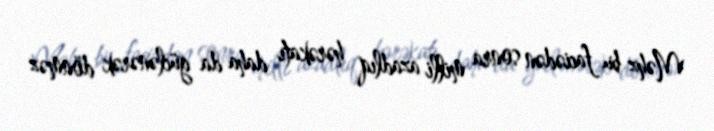
Məhz bu faciədən sonra milli azadlıq hərəkatı daha da güclənərək dönməz